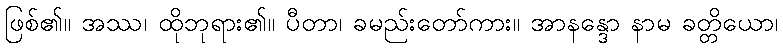
ဖြစ်၏။ အဿ၊ ထိုဘုရား၏။ ပီတာ၊ ခမည်းတော်ကား။ အာနန္ဒော နာမ ခတ္တိယော၊